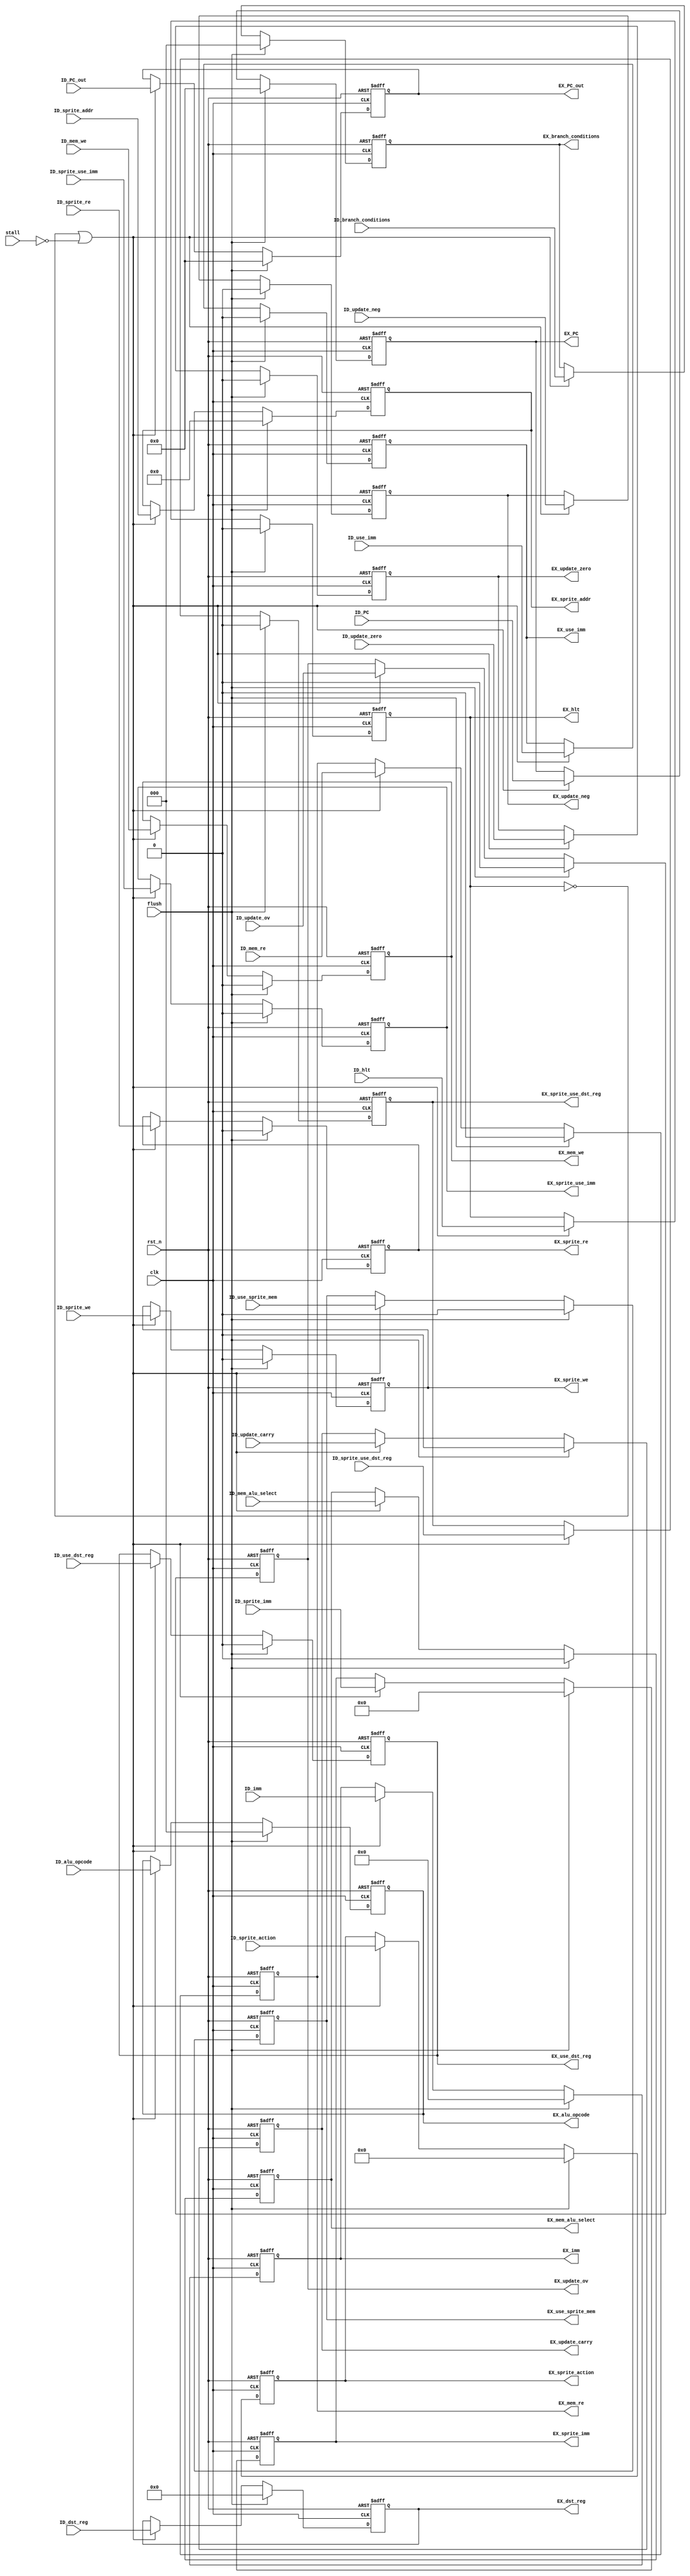
module ID_EX_pipeline_reg(clk, rst_n, stall, ID_hlt, flush, ID_PC, ID_PC_out, ID_use_imm, 
	ID_use_dst_reg, ID_update_neg, ID_update_carry, ID_update_ov, ID_update_zero, ID_alu_opcode, ID_branch_conditions,
	ID_imm, ID_dst_reg, ID_sprite_addr, ID_sprite_action, ID_sprite_use_imm, ID_sprite_re, ID_sprite_we, 
	ID_sprite_use_dst_reg, ID_sprite_imm, ID_mem_alu_select, ID_mem_we, ID_mem_re, ID_use_sprite_mem, EX_PC, EX_PC_out, EX_use_imm, 
	EX_use_dst_reg, EX_update_neg, EX_update_carry, EX_update_ov, EX_update_zero, EX_alu_opcode, EX_branch_conditions,
	EX_imm, EX_dst_reg, EX_sprite_addr, EX_sprite_action, EX_sprite_use_imm, EX_sprite_re, EX_sprite_we, 
	EX_sprite_use_dst_reg, EX_sprite_imm, EX_mem_alu_select, EX_mem_we, EX_mem_re, EX_use_sprite_mem, EX_hlt);



input clk, rst_n, stall, flush, ID_hlt;

//ID Stage input Declarations
input[21:0] ID_PC, ID_PC_out;
//input[31:0] ID_s_data, ID_t_data; 
input ID_use_imm, ID_use_dst_reg;
input ID_update_neg, ID_update_carry, ID_update_ov, ID_update_zero; //flag updates
input[2:0] ID_alu_opcode, ID_branch_conditions;
input[16:0] ID_imm; 
input[4:0] ID_dst_reg;
input ID_mem_alu_select, ID_mem_we, ID_mem_re;

//sprite inputs
input[7:0] ID_sprite_addr;
input[3:0] ID_sprite_action;
input ID_sprite_use_imm, ID_sprite_re, ID_sprite_we, ID_sprite_use_dst_reg, ID_use_sprite_mem;
input[13:0] ID_sprite_imm;

output reg EX_hlt;
output reg[21:0] EX_PC, EX_PC_out;
//output reg[31:0] EX_s_data, EX_t_data; 
output reg EX_use_imm, EX_use_dst_reg;
output reg EX_update_neg, EX_update_carry, EX_update_ov, EX_update_zero; //flag updates
output reg[2:0] EX_alu_opcode, EX_branch_conditions;
output reg[16:0] EX_imm; 
output reg[4:0] EX_dst_reg;
output reg EX_mem_alu_select, EX_mem_we, EX_mem_re;
//sprite outputs
output reg[7:0] EX_sprite_addr;
output reg[3:0] EX_sprite_action;
output reg EX_sprite_use_imm, EX_sprite_re, EX_sprite_we, EX_sprite_use_dst_reg, EX_use_sprite_mem;
output reg[13:0] EX_sprite_imm;

always @(posedge clk, negedge rst_n)
	if (!rst_n) begin
	 EX_PC <= 0;
 	 EX_PC_out <= 0;
 	// EX_s_data <= 0;
 	// EX_t_data <= 0;
 	 EX_use_imm <= 0;
	 EX_use_dst_reg <= 0;
 	 EX_update_neg <= 0;
 	 EX_update_carry <= 0;
 	 EX_update_ov <= 0;
 	 EX_update_zero <= 0;
 	 EX_alu_opcode <= 0;
 	 EX_branch_conditions <= 0;
	 EX_imm <= 0;
	 EX_dst_reg <= 0;
	 EX_sprite_addr <= 0;
	 EX_sprite_action <= 0;
	 EX_sprite_use_imm <= 0;
	 EX_sprite_re <= 0;
	 EX_sprite_we <= 0;
	 EX_sprite_use_dst_reg <= 0;
	 EX_sprite_imm <= 0;
	 EX_mem_alu_select <= 0;
	 EX_mem_we <= 0; 
	 EX_mem_re <= 0;
	 EX_use_sprite_mem <= 0;
	 EX_hlt <= 0;
	end
	else if (flush) begin
	 EX_PC <= 0;
 	 EX_PC_out <= 0;
 	// EX_s_data <= 0;
 	// EX_t_data <= 0;
 	 EX_use_imm <= 0;
	 EX_use_dst_reg <= 0;
 	 EX_update_neg <= 0;
 	 EX_update_carry <= 0;
 	 EX_update_ov <= 0;
 	 EX_update_zero <= 0;
 	 EX_alu_opcode <= 0;
 	 EX_branch_conditions <= 0;
	 EX_imm <= 0;
	 EX_dst_reg <= 0;
	 EX_sprite_addr <= 0;
	 EX_sprite_action <= 0;
	 EX_sprite_use_imm <= 0;
	 EX_sprite_re <= 0;
	 EX_sprite_we <= 0;
	 EX_sprite_use_dst_reg <= 0;
	 EX_sprite_imm <= 0;
	 EX_mem_alu_select <= 0;
	 EX_mem_we <= 0; 
	 EX_mem_re <= 0;
	 EX_use_sprite_mem <= 0;
	 EX_hlt <= 0;
	end
	else if (~EX_hlt | ~stall)
	begin
	 EX_PC <= ID_PC;
 	 EX_PC_out <= ID_PC_out;
 	// EX_s_data <= ID_s_data;
 	// EX_t_data <= ID_t_data;
 	 EX_use_imm <= ID_use_imm;
	 EX_use_dst_reg <= ID_use_dst_reg;
 	 EX_update_neg <= ID_update_neg;
 	 EX_update_carry <= ID_update_carry;
 	 EX_update_ov <= ID_update_ov;
 	 EX_update_zero <= ID_update_zero;
 	 EX_alu_opcode <= ID_alu_opcode;
 	 EX_branch_conditions <= ID_branch_conditions;
	 EX_imm <= ID_imm;
	 EX_dst_reg <= ID_dst_reg;
	 EX_sprite_addr <= ID_sprite_addr;
	 EX_sprite_action <= ID_sprite_action;
	 EX_sprite_use_imm <= ID_sprite_use_imm;
	 EX_sprite_re <= ID_sprite_re;
	 EX_sprite_we <= ID_sprite_we;
	 EX_sprite_use_dst_reg <= ID_sprite_use_dst_reg;
	 EX_sprite_imm <= ID_sprite_imm;
	 EX_mem_alu_select <= ID_mem_alu_select;
	 EX_mem_we <= ID_mem_we; 
	 EX_mem_re <= ID_mem_re;
	 EX_use_sprite_mem <= ID_use_sprite_mem;
	 EX_hlt <= ID_hlt;
	end


endmodule